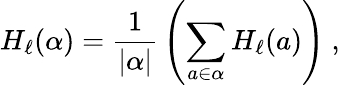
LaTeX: H_{\ell}(\alpha)={\frac{1}{|\alpha|}}\left(\sum_{a\in\alpha}H_{\ell}(a)\right)~,